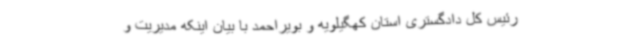
رئیس کل دادگستری استان کهگیلویه و بویراحمد با بیان اینکه مدیریت و